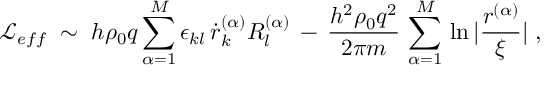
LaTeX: { \mathcal L } _ { e f f } \; \sim \; h \rho _ { 0 } q \sum _ { \alpha = 1 } ^ { M } \epsilon _ { k l } \, \dot { r } _ { k } ^ { ( \alpha ) } R _ { l } ^ { ( \alpha ) } \, - \, \frac { h ^ { 2 } \rho _ { 0 } q ^ { 2 } } { 2 \pi m } \, \sum _ { \alpha = 1 } ^ { M } \, \ln | \frac { r ^ { ( \alpha ) } } { \xi } | \; ,